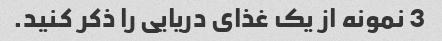
3 نمونه از یک غذای دریایی را ذکر کنید.